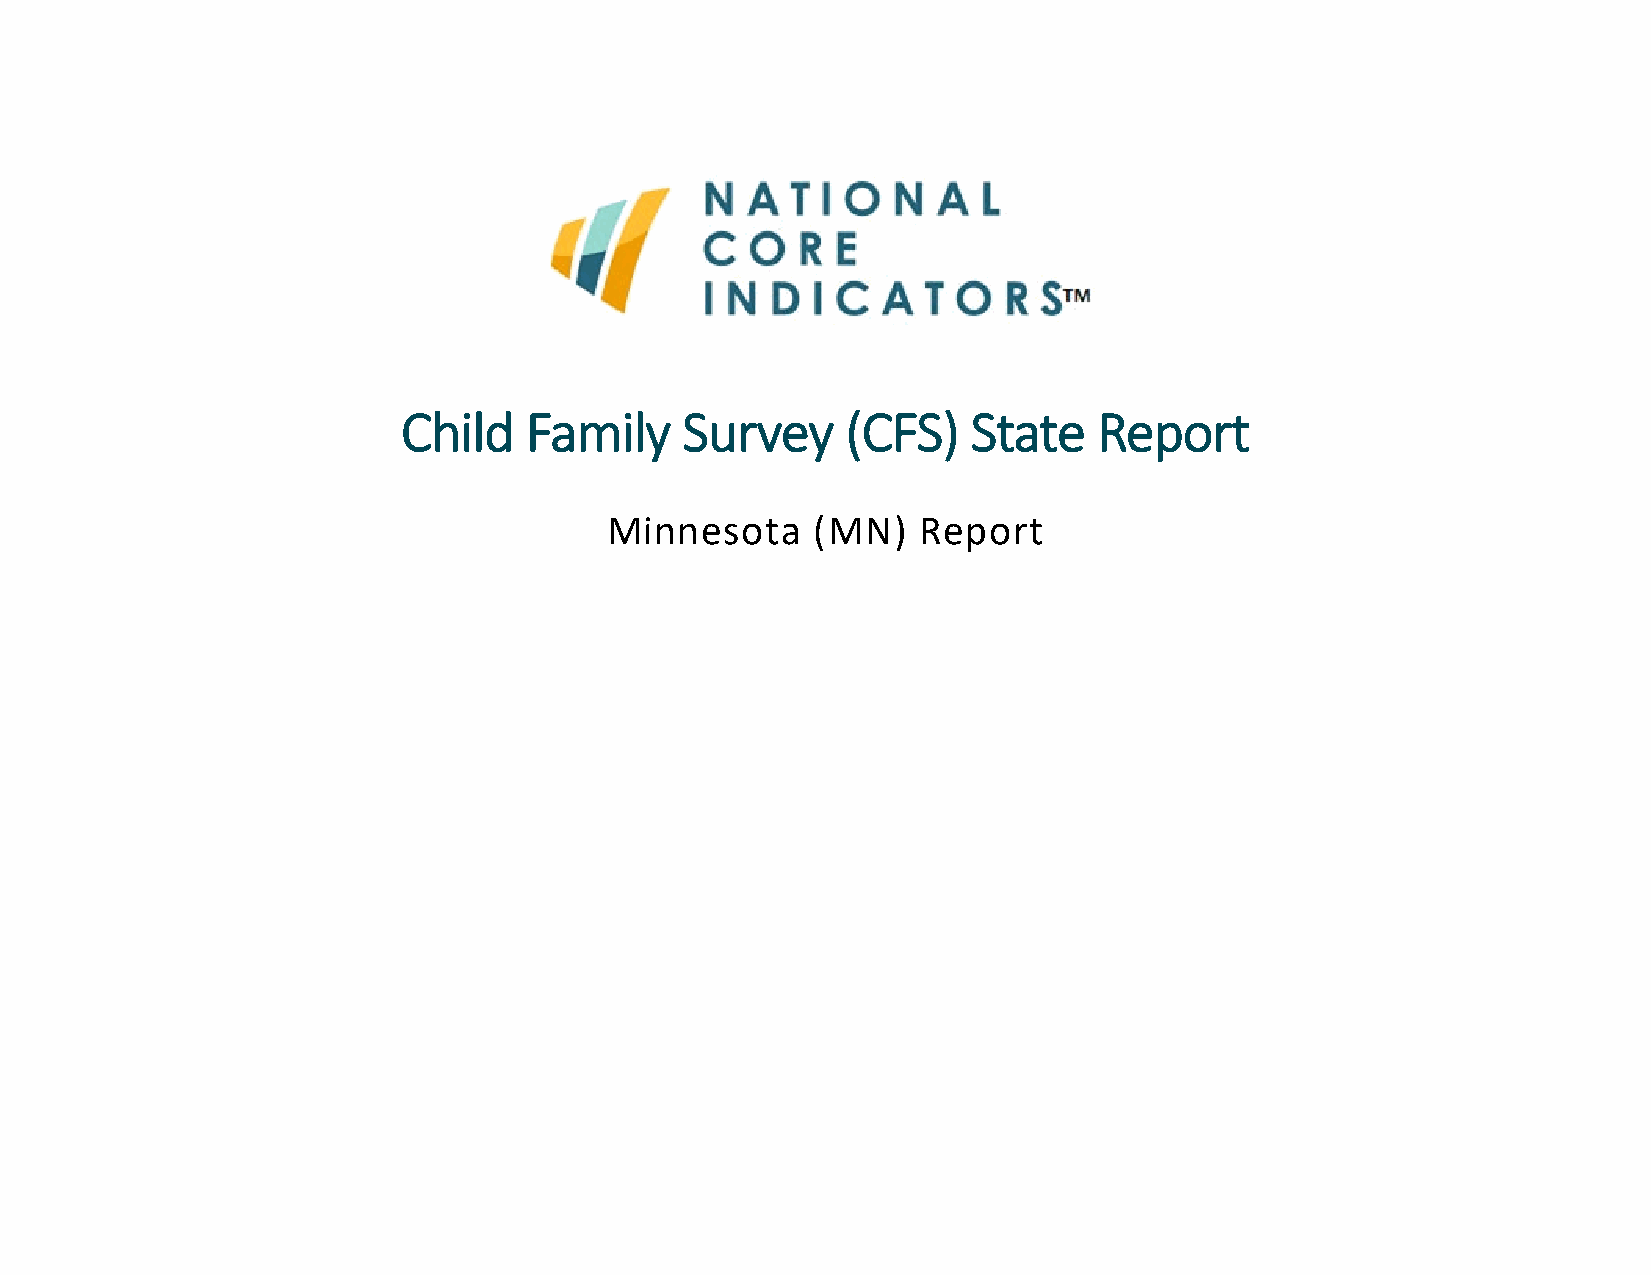
Child   Family    Survey     (CFS)   State    Report
 Minnesota     (MN)   Report